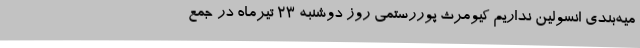
میه‌بندی انسولین نداریم کیومرث پوررستمی روز دوشنبه 23 تیرماه در جمع